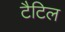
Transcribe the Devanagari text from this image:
टैटिल